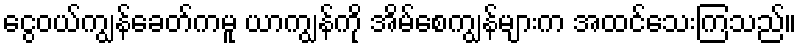
ငွေဝယ်ကျွန်ခေတ်ကမူ ယာကျွန်ကို အိမ်စေကျွန်များက အထင်သေးကြသည်။